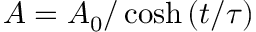
A = A _ { 0 } / \cosh { ( t / \tau ) }